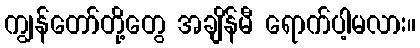
ကျွန်တော်တို့တွေ အချိန်မီ ရောက်ပါ့မလား။